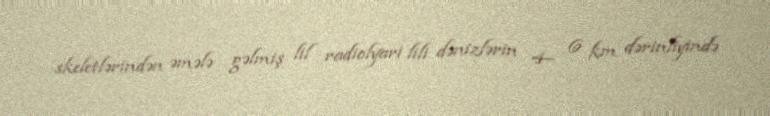
skeletlərindən əmələ gəlmiş lil radiolyari lili dənizlərin 4– 6 km dərinliyində